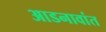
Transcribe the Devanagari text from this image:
आडनावांत